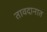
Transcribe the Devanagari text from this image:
तावदानात